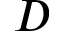
D